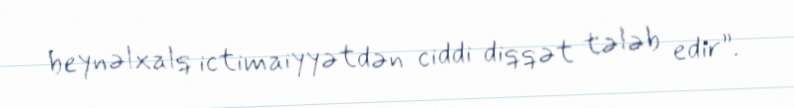
beynəlxalq ictimaiyyətdən ciddi diqqət tələb edir”.